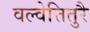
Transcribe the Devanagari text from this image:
वल्वेत्तितुरै